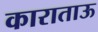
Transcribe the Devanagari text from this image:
काराताऊ